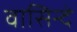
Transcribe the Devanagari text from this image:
वासिन्दे